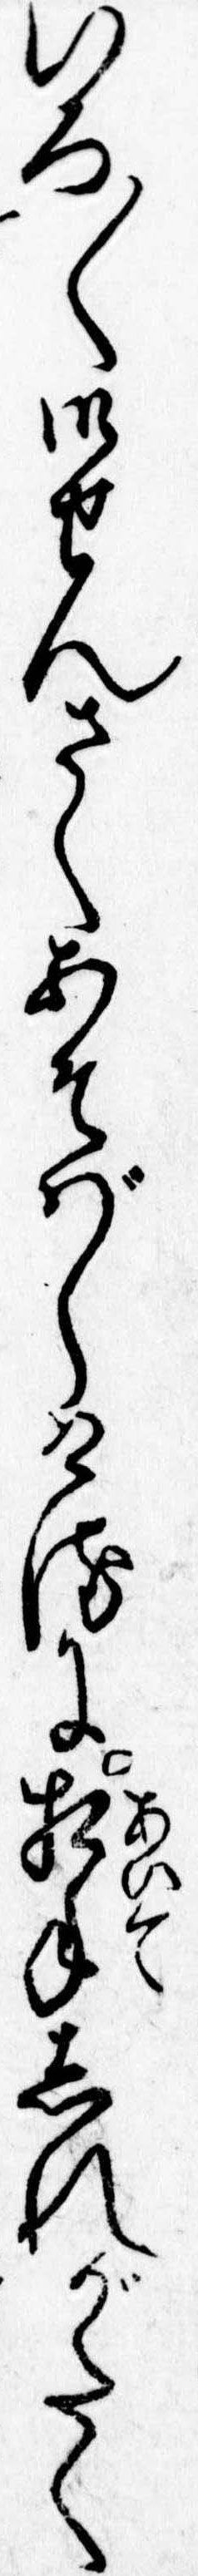
いろ〱御せんさくあそばしけるに相手しれがたく